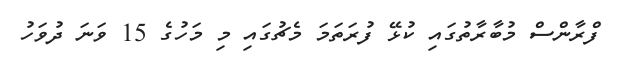
ފްރާންސް މުބާރާތުގައި ކުޅޭ ފުރަތަމަ މެޗުގައި މި މަހުގެ 15 ވަނަ ދުވަހު